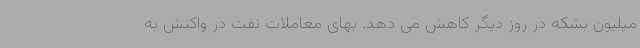
میلیون بشکه در روز دیگر کاهش می دهد. بهای معاملات نفت در واکنش به